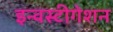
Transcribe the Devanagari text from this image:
इन्वस्टीगेशन